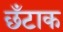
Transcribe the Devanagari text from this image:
छँटाक